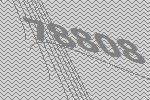
78808